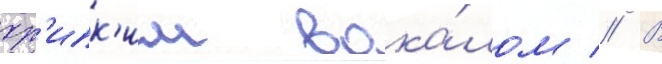
хр'ипк'им вока́лом // В